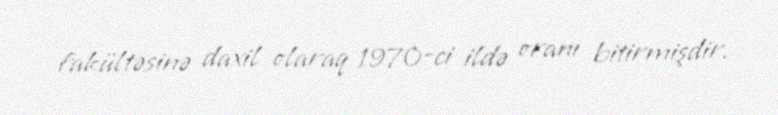
fakültəsinə daxil olaraq 1970-ci ildə oranı bitirmişdir.